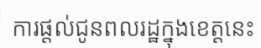
ការផ្តល់ជូនពលរដ្ឋក្នុងខេត្តនេះ